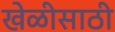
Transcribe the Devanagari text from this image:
खेळीसाठी